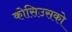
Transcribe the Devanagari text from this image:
कोसिउसको